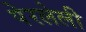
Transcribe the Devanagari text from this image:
पेरलेली